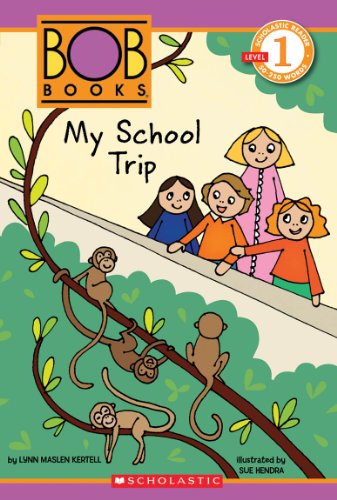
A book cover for My School Trip; Lynn Maslen Kertell; Children's Books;